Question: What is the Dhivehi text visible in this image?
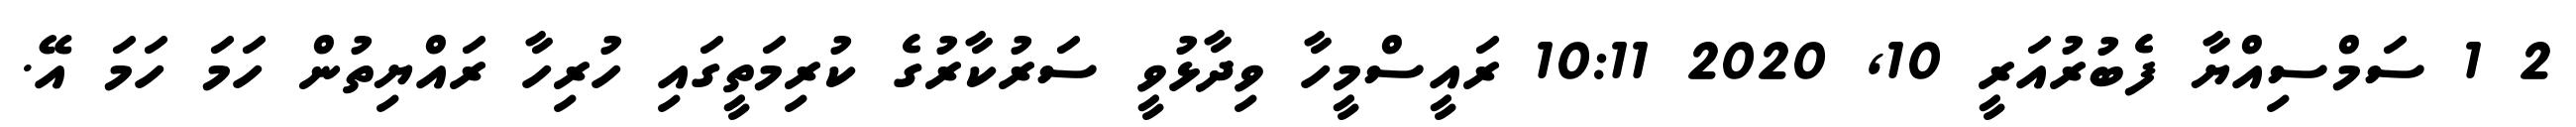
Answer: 2 1 ސަމްސިއްޔާ ފެބުރުއަރީ 10, 2020 10:11 ރައީސްމީހާ ވިދާޅުވީ ސަރުކާރުގެ ކުރިމަތީގައި ހުރިހާ ރައްޔިތުން ހަމަ ހަމަ އޭ.